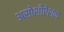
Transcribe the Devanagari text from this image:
असोशीऐशन